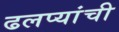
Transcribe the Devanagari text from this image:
ढलप्यांची